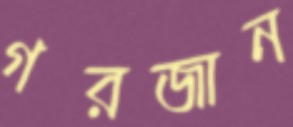
গরজান